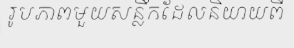
រូបភាពមួយសន្លឹកដែលនិយាយពី